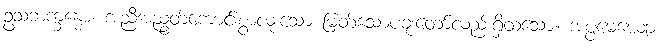
ဥသဘက္ခန္ဓော၊ အညီအညွတ်ကောင်းစွာလုံးသော မြတ်သောပခုံးတော်လည်းရှိထသော။ အပ္ပမေယျော၊